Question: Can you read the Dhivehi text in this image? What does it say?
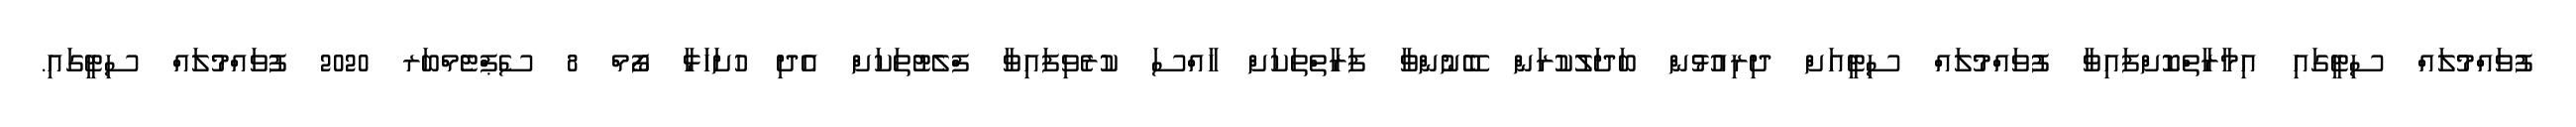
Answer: ފުވައްމުލައް ސިޓީގައި އިމާރާތްކޮށްފައިވާ ފުވައްމުލައް ސިޓީއަށް ދިރިއުޅުން ބަދަލުކުރަން ބޭނުންވާ ފަރާތްތަކަށް ހާއްސަ ކުރެވިފައިވާ ފްލެޓުތަކަށް އެދި ހުށަހަޅާ ފޯމް 8 ސެޕްޓެމްބަރ 2020 ފުވައްމުލައް ސިޓީގައި.